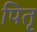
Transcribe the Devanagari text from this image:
पितृ